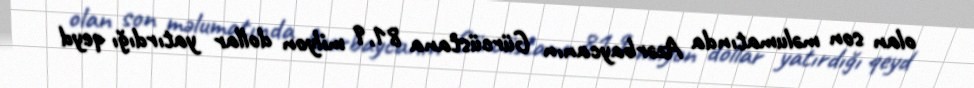
olan son məlumatında Azərbaycanın Gürcüstana 81,9 milyon dollar yatırdığı qeyd